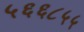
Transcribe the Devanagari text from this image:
५६६८५५